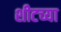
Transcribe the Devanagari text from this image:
शीटच्या